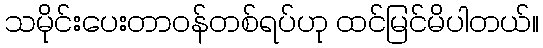
သမိုင်းပေးတာဝန်တစ်ရပ်ဟု ထင်မြင်မိပါတယ်။